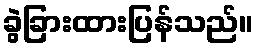
ခွဲခြားထားပြန်သည်။